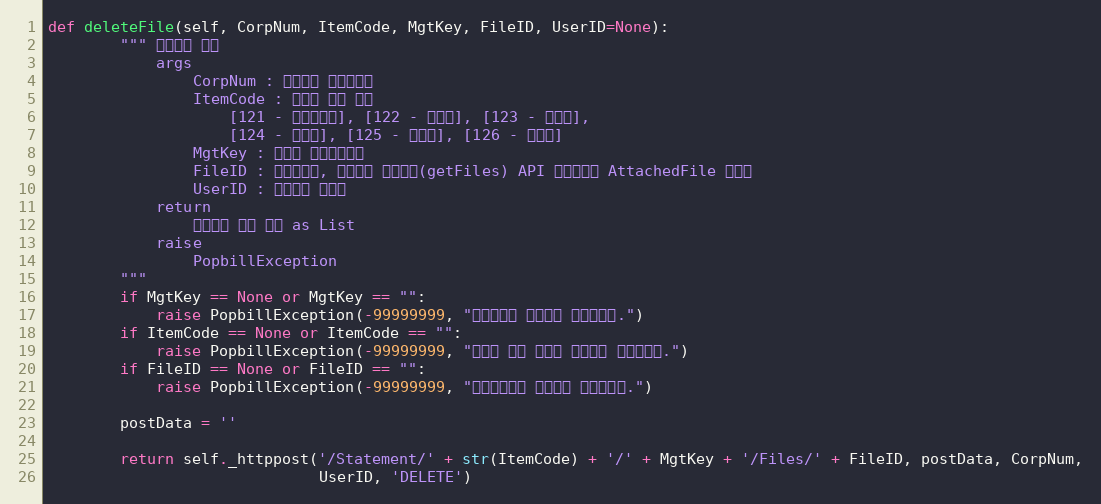
Language: Python
def deleteFile(self, CorpNum, ItemCode, MgtKey, FileID, UserID=None):
        """ 첨부파일 삭제
            args
                CorpNum : 팝빌회원 사업자번호
                ItemCode : 명세서 종류 코드
                    [121 - 거래명세서], [122 - 청구서], [123 - 견적서],
                    [124 - 발주서], [125 - 입금표], [126 - 영수증]
                MgtKey : 파트너 문서관리번호
                FileID : 파일아이디, 첨부파일 목록확인(getFiles) API 응답전문의 AttachedFile 변수값
                UserID : 팝빌회원 아이디
            return
                첨부파일 정보 목록 as List
            raise
                PopbillException
        """
        if MgtKey == None or MgtKey == "":
            raise PopbillException(-99999999, "관리번호가 입력되지 않았습니다.")
        if ItemCode == None or ItemCode == "":
            raise PopbillException(-99999999, "명세서 종류 코드가 입력되지 않았습니다.")
        if FileID == None or FileID == "":
            raise PopbillException(-99999999, "파일아이디가 입력되지 않았습니다.")

        postData = ''

        return self._httppost('/Statement/' + str(ItemCode) + '/' + MgtKey + '/Files/' + FileID, postData, CorpNum,
                              UserID, 'DELETE')